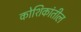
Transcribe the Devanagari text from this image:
कोशिकांतील